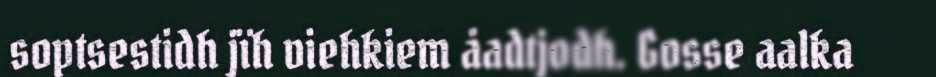
soptsestidh jïh viehkiem åadtjodh. Gosse aalka